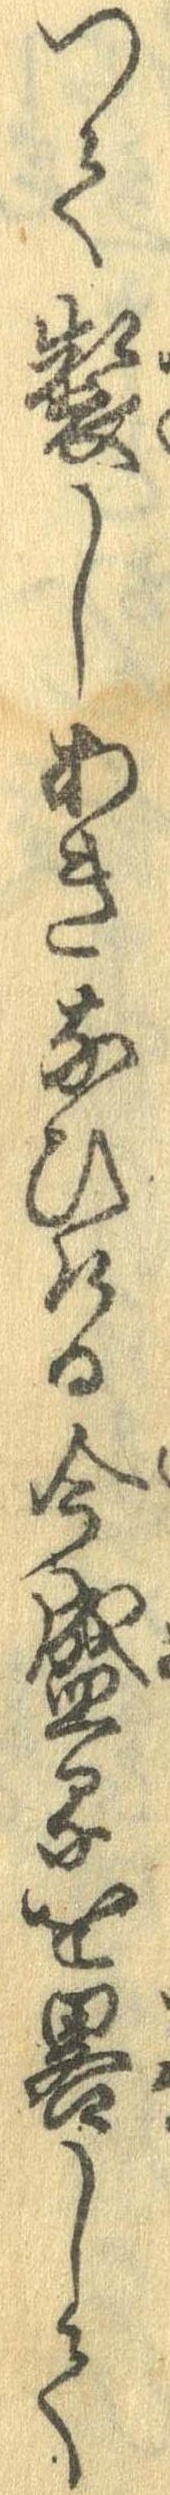
って製しあきなひける今盛るを略して